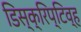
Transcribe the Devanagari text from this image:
डिस्क्रिप्टिव्ह